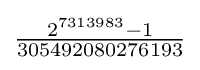
{\tfrac {2^{7313983}-1}{305492080276193}}